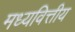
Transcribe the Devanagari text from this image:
मध्यवित्तीय